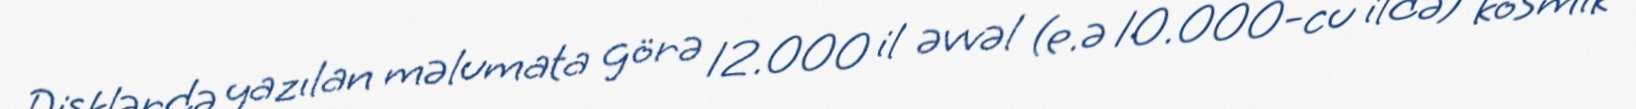
Disklərdə yazılan məlumata görə 12.000 il əvvəl (e.ə 10.000-cu ildə) kosmik